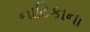
નાટિકાના